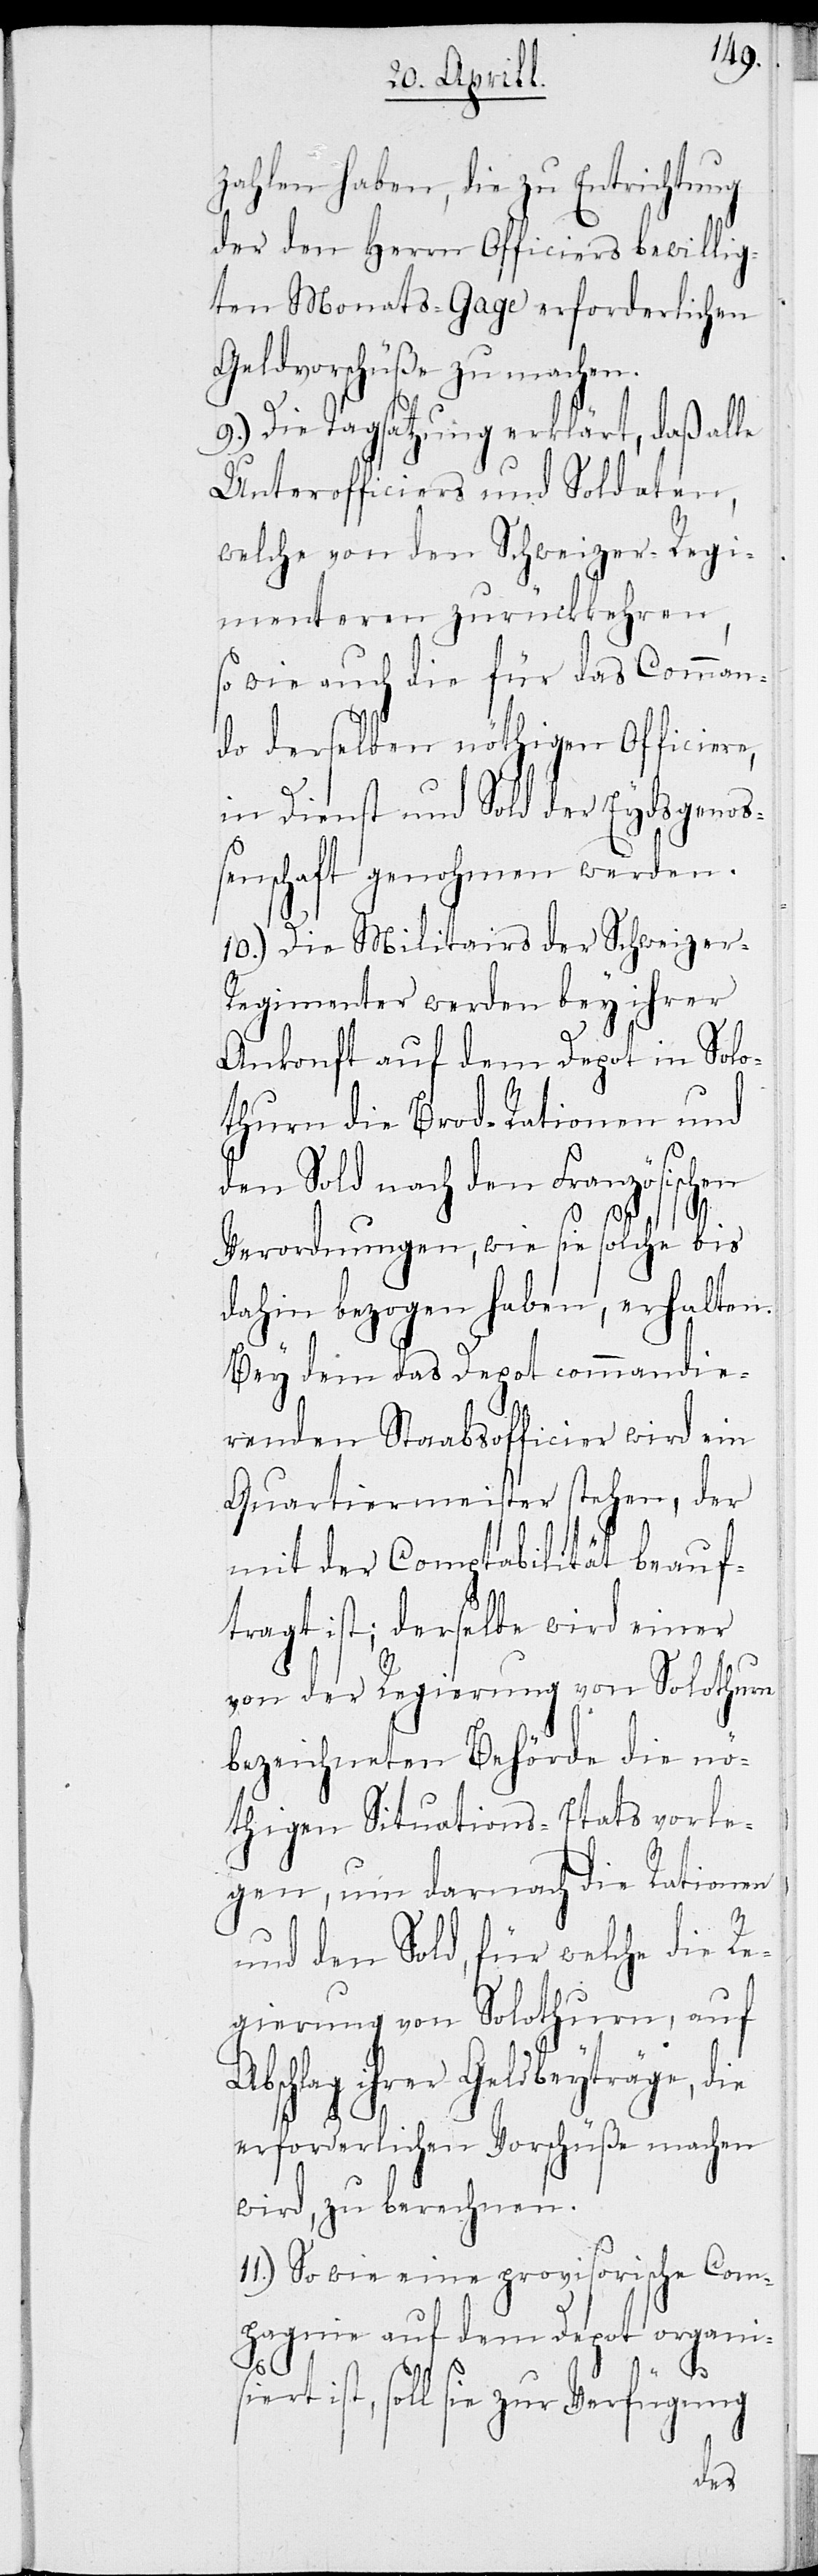
zahlen haben, die zu Entrichtung
der den Herrn Officiers bewillig¬
ten Monats-Gage erforderlichen
Geldvorschüße zu machen.
9.) Die Tagsatzung erklärt, daß alle
Unterofficiers und Soldaten,
welche von den Schweizer-Regi¬
menteren zurückkehren,
so wie auch die für das Comman¬
do derselben nöthigen Officiere,
in Dienst und Sold der Eydsgeno¬
ßenschaft genohmen werden.
10.) Die Militairs der Schweizer-R¬
egimenter werden bey ihrer
Ankonft auf dem Depot in Solo¬
thurn die Brod-Rationen und
den Sold nach den Französischen
Verordnungen, wie sie solche bis
dahin bezogen haben, erhalten.
Bey dem das Depot commandie¬
renden Staabsofficier wird ein
Quartiermeister stehen, der
mit der Comptabilität beauf¬
tragt ist; derselbe wird einer
von der Regierung von Solothurn
bezeichneten Behörde die nö¬
thigen Situations-Etats vorle¬
gen, um darnach die Rationen
A¬
und den Sold, für welche die Re¬
gierung von Solothurn, auf
bschlag ihrer Geldbeyträge, die
erforderlichen Vorschüße machen
wird, zu berechnen.
11.) So wie eine provisorische Com¬
pagnie auf dem Depot organis¬
iert
ist, soll sie zur Verfügung